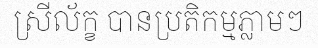
ស្រីល័ក្ខ បានប្រតិកម្មភ្លាមៗ